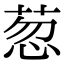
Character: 䓤